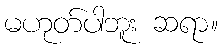
မဟုတ်ပါဘူး ဆရာ။